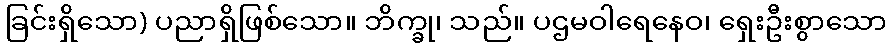
ခြင်းရှိသော) ပညာရှိဖြစ်သော။ ဘိက္ခု၊ သည်။ ပဌမဝါရေနေဝ၊ ရှေးဦးစွာသော